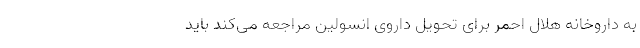
به داروخانه هلال احمر برای تحویل داروی انسولین مراجعه می‌کند باید